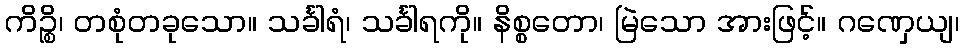
ကိဉ္စိ၊ တစုံတခုသော။ သင်္ခါရံ၊ သင်္ခါရကို။ နိစ္စတော၊ မြဲသော အားဖြင့်။ ဂဏှေယျ၊